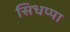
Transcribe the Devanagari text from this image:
सिधप्पा